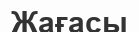
Жағасы